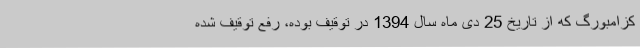
کزامبورگ که از تاریخ 25 دی ماه سال 1394 در توقیف بوده، رفع توقیف شده